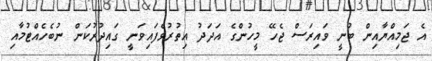
އެ ޖަމިއްޔާއިން ބުނީ ވައިރަސް ޖެހޭ މީހުންގެ އަދަދު އިތުރުވެފައިވަނީ ގައިދުރުކަން ނުބެހެއްޓުމާއި